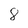
Character: 8